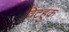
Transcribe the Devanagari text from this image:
विंटहुक